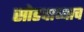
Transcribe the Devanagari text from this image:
सोडवाव्याच